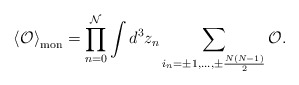
\begin{align*}\left<{\cal O}\right>_{\rm mon}=\prod\limits_{n=0}^{\cal N}\int d^3z_n\sum\limits_{i_n=\pm 1,\ldots,\pm\frac{N(N-1)}{2}}^{}{\cal O}.\end{align*}